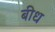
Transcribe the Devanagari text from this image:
बीध